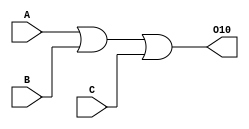
module schematic1(
	input A,
	input B,
	input C,
	output O10
);


or U5 (O10,A, B, C);

endmodule